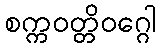
စက္ကဝတ္တိဝဂ္ဂေါ